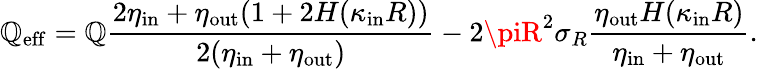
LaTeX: \mathbb{Q}_{\mathrm{{eff}}}=\mathbb{Q}\frac{{2\eta_{\mathrm{{in}}}+\eta_{\mathrm{{out}}}(1+2H(\kappa_{\mathrm{{in}}}R))}}{{2(\eta_{\mathrm{{in}}}+\eta_{\mathrm{{out}}})}}-2\piR^{2}\sigma_{R}\frac{{\eta_{\mathrm{{out}}}H(\kappa_{\mathrm{{in}}}R)}}{{\eta_{\mathrm{{in}}}+\eta_{\mathrm{{out}}}}}.